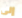
إلى